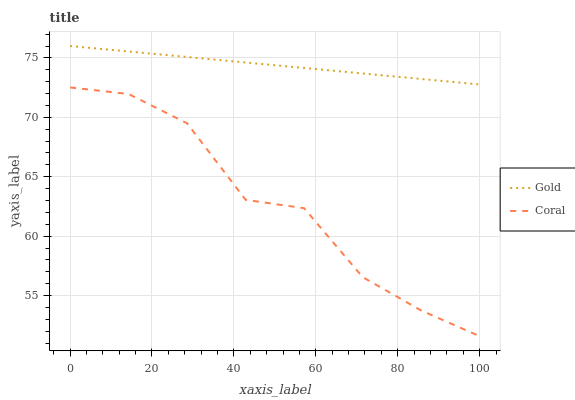
| xaxis_label | Gold | Coral |
 | --- | --- | --- |
 | 0 | 76 | 72.5 |
 | 14.3 | 75.5 | 72 |
 | 28.6 | 75.1 | 69.5 |
 | 42.9 | 74.6 | 63.1 |
 | 57.1 | 74.2 | 62.3 |
 | 71.4 | 73.7 | 56.6 |
 | 85.7 | 73.2 | 53.7 |
 | 100 | 72.8 | 51.6 |